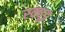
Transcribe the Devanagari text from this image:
स्क्यूड